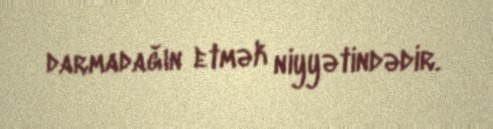
darmadağın etmək niyyətindədir.